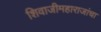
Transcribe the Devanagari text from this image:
शिवाजीमहाराजांचा